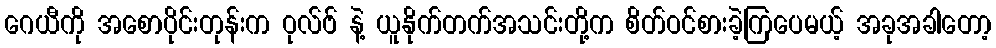
ဂေယီကို အစောပိုင်းတုန်းက ဝုလ်ဗ် နဲ့ ယူနိုက်တက်အသင်းတို့က စိတ်ဝင်စားခဲ့ကြပေမယ့် အခုအခါတော့